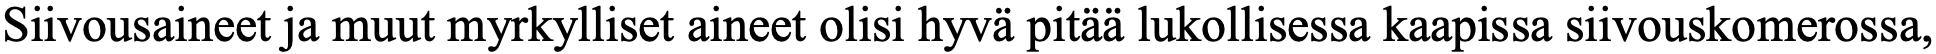
Siivousaineet ja muut myrkylliset aineet olisi hyvä pitää lukollisessa kaapissa siivouskomerossa,